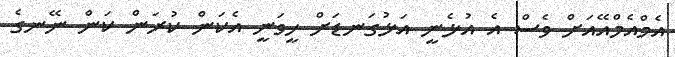
އެމްއެމްއޭއަށް ވެސް އެ އުޅެނީ އަޅުގަނޑަށް ހީވަނީ އެކަން ކުރަން ކަން ނޭނގެ